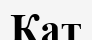
Кат